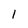
Character: 1